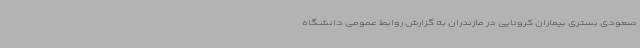
صعودی بستری بیماران کرونایی در مازندران به گزارش روابط عمومی دانشگاه